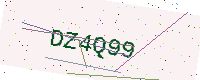
Text: DZ4Q99